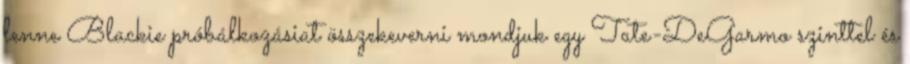
lenne Blackie próbálkozásiat összekeverni mondjuk egy Tate-DeGarmo szinttel és